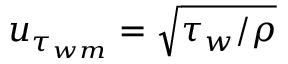
u _ { \tau _ { w m } } = \sqrt { \tau _ { w } / \rho }